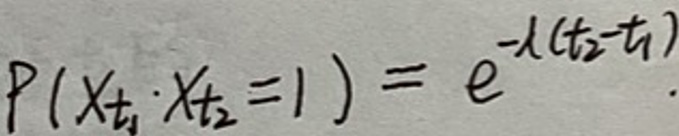
$P(X_{t_1}X_{t_2}=1)=e^{-\lambda(t_2 - t_1)}.$